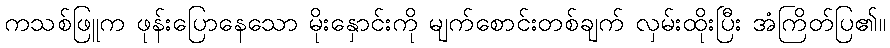
ကသစ်ဖြူက ဖုန်းပြောနေသော မိုးနှောင်းကို မျက်စောင်းတစ်ချက် လှမ်းထိုးပြီး အံကြိတ်ပြ၏။